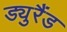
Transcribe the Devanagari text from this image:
ड्युरैंड